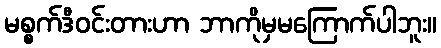
မစ္စက်ဒီဝင်းတားဟာ ဘာကိုမှမကြောက်ပါဘူး။